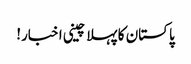
پاکستان کا پہلا چینی اخبار!